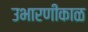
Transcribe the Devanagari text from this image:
उभारणीकाळ